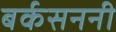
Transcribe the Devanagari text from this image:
बर्कसननी